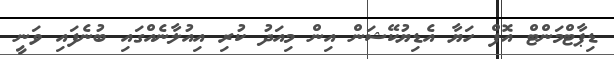
ޑިޕާޓްމަންޓް އޮފް ހަޔާ އެޑިޔުކޭޝަން އިން މިއަދު ކުރި އިއުލާނެއްގައި ބުނެފައި ވަނީ